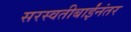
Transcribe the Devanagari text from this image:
सरस्वतीबाईंनंतर